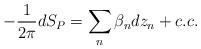
LaTeX: \begin{align*}-\frac{1}{2\pi} d S_P = \sum_n\beta_n dz_n + c.c.\end{align*}